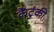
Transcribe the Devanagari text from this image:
कैंटुंकी